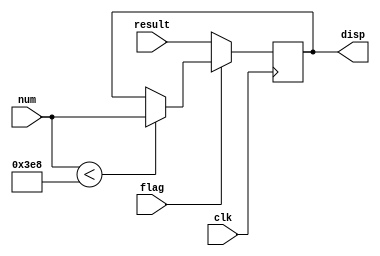
//
module mux1(

input flag,            //
input [15:0]result,    //
input [15:0]num,       //
input clk,             // 

output reg [15:0]disp  //

);

always @(posedge clk) begin
if(flag)begin
	if(num < 10'd1000)begin //()
		disp <= num;
	end
end
else begin//
	disp <= result;
	end
end
endmodule